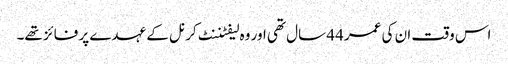
اس وقت ان کی عمر 44 سال تھی اور وہ لیفٹننٹ کرنل کے عہدے پر فائز تھے۔